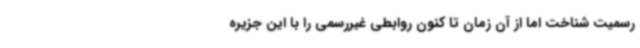
رسمیت شناخت اما از آن زمان تا کنون روابطی غیررسمی را با این جزیره